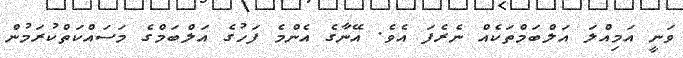
ވަނީ އަމިއްލަ އަލްބަމްތަކެއް ނެރެފަ އެވެ. އޭނާގެ އެންމެ ފަހުގެ އަލްބަމްގެ މަސައްކަތްކުރަމުން